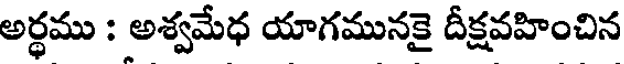
అర్థము : అశ్వమేధ యాగమునకై దీక్షవహించిన